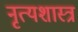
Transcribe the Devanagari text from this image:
नृत्‍यशास्‍त्र